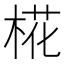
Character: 椛